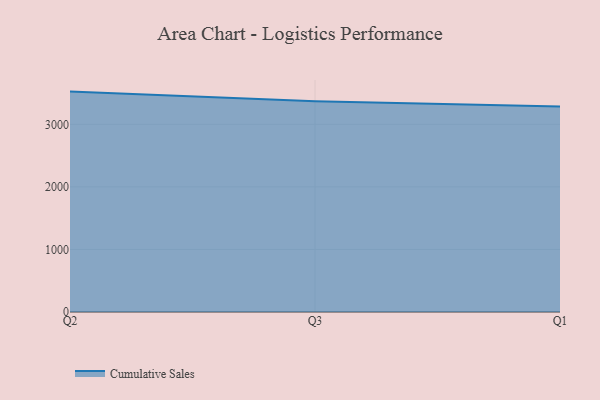
{"axis": {"x": "Quarter", "y": "Net Income (USD K)"}, "legend": ["Cumulative Sales"], "data": [{"x": "Q2", "y": 3522.9, "type": "Cumulative Sales"}, {"x": "Q3", "y": 3370.3, "type": "Cumulative Sales"}, {"x": "Q1", "y": 3283.5, "type": "Cumulative Sales"}]}